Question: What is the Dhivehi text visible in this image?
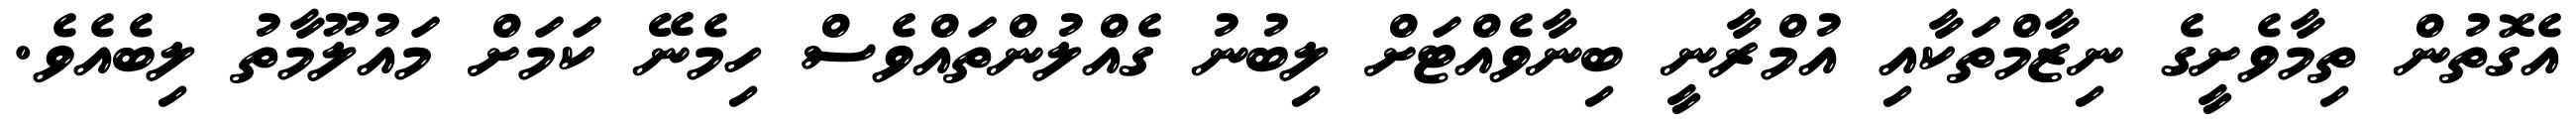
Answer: އެގޮތުން ތިމާވެށީގެ ނިޒާމްތަކާއި އުމްރާނީ ބިނާވެއްޓަށް ލިބުނު ގެއްލުންތައްވެސް ހިމެނޭ ކަމަށް މައުލޫމާތު ލިބެއެވެ.